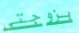
بزوجتي